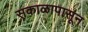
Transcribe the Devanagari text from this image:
सकाळापासून